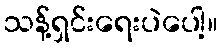
သန့်ရှင်းရေးပဲပေါ့။